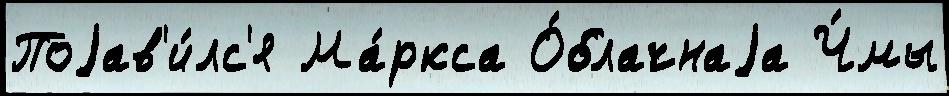
Поjав'и́лс'я Ма́ркса О́блачнаjа Ч́мы